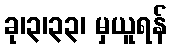
ခု၊၃၊၃၃၊ မှယူရန်